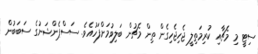
ސިޓީ މި މެޗާއި ކުރިމަތިލީ ޖެހިޖެހިގެން ތިން މެޗުން ބަލިވުމަށްފަހުއެވެ. ސަސްޕެންޝަނުގެ ސަބަބުން